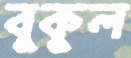
বুকুল